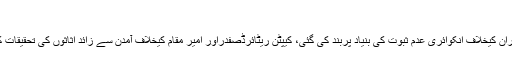
نیب اعلامیہ
نوازشریف ،چوہدری برادران کیخلاف انکوائری عدم ثبوت کی بنیاد پربند کی گئی، کیپٹن ریٹائرڈصفدراور امیر مقام کیخلاف آمدن سے زائد اثاثوں کی تحقیقات کی منظوری دے دی گئی۔